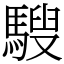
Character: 騪